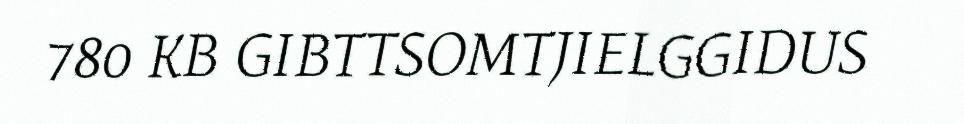
780 KB GIBTTSOMTJIELGGIDUS